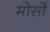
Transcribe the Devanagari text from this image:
मोर्सो